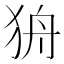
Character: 𰡌